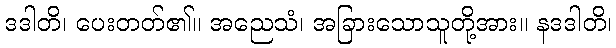
ဒဒါတိ၊ ပေးတတ်၏။ အညေသံ၊ အခြားသောသူတို့အား။ နဒဒါတိ၊